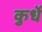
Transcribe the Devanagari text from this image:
कुर्धे